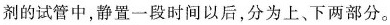
剂的试管中，静置一段时间以后，分为上、下两部分。